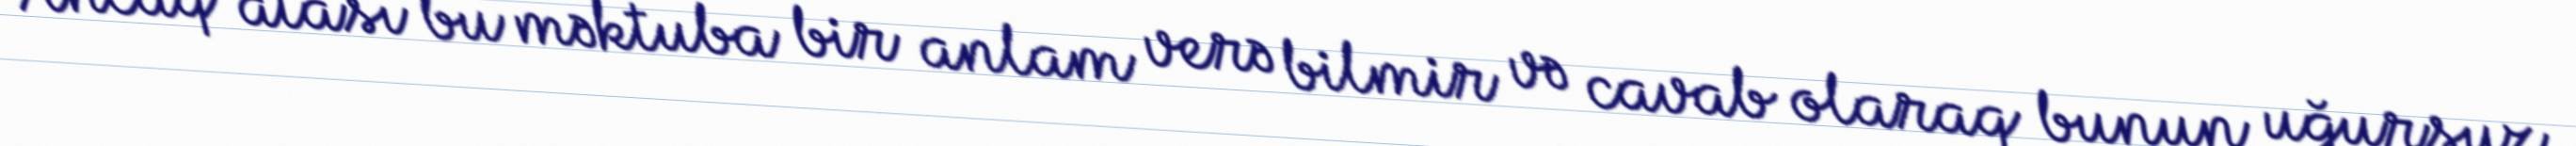
Ancaq atası bu məktuba bir anlam verə bilmir və cavab olaraq bunun uğursuz